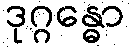
ဒုဂ္ဂန္ဓော